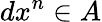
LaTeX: dx^{n}\in A